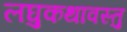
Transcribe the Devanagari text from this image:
लघुकथावस्तु